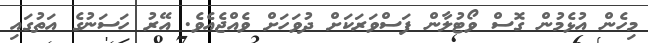
މިހެން އުޅެމުން ގޮސް ވޯޓުލާން ފަސްވަރަކަށް ދުވަހަށް ވެއްޖެއެވެ. އޭރު ހަސަނުގެ އަތުގައި